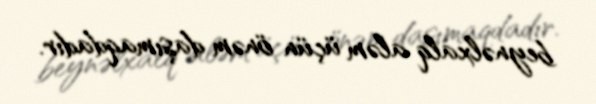
beynəlxalq aləm üçün önəm daşımaqdadır.